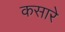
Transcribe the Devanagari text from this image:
कसारे